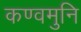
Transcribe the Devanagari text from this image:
कण्वमुनि